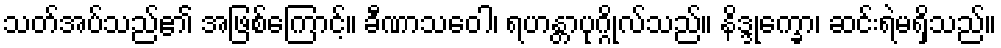
သတ်အပ်သည်၏ အဖြစ်ကြောင့်။ ခီဏာသဝေါ၊ ရဟန္တာပုဂ္ဂိုလ်သည်။ နိဒ္ဒုက္ခော၊ ဆင်းရဲမရှိသည်။